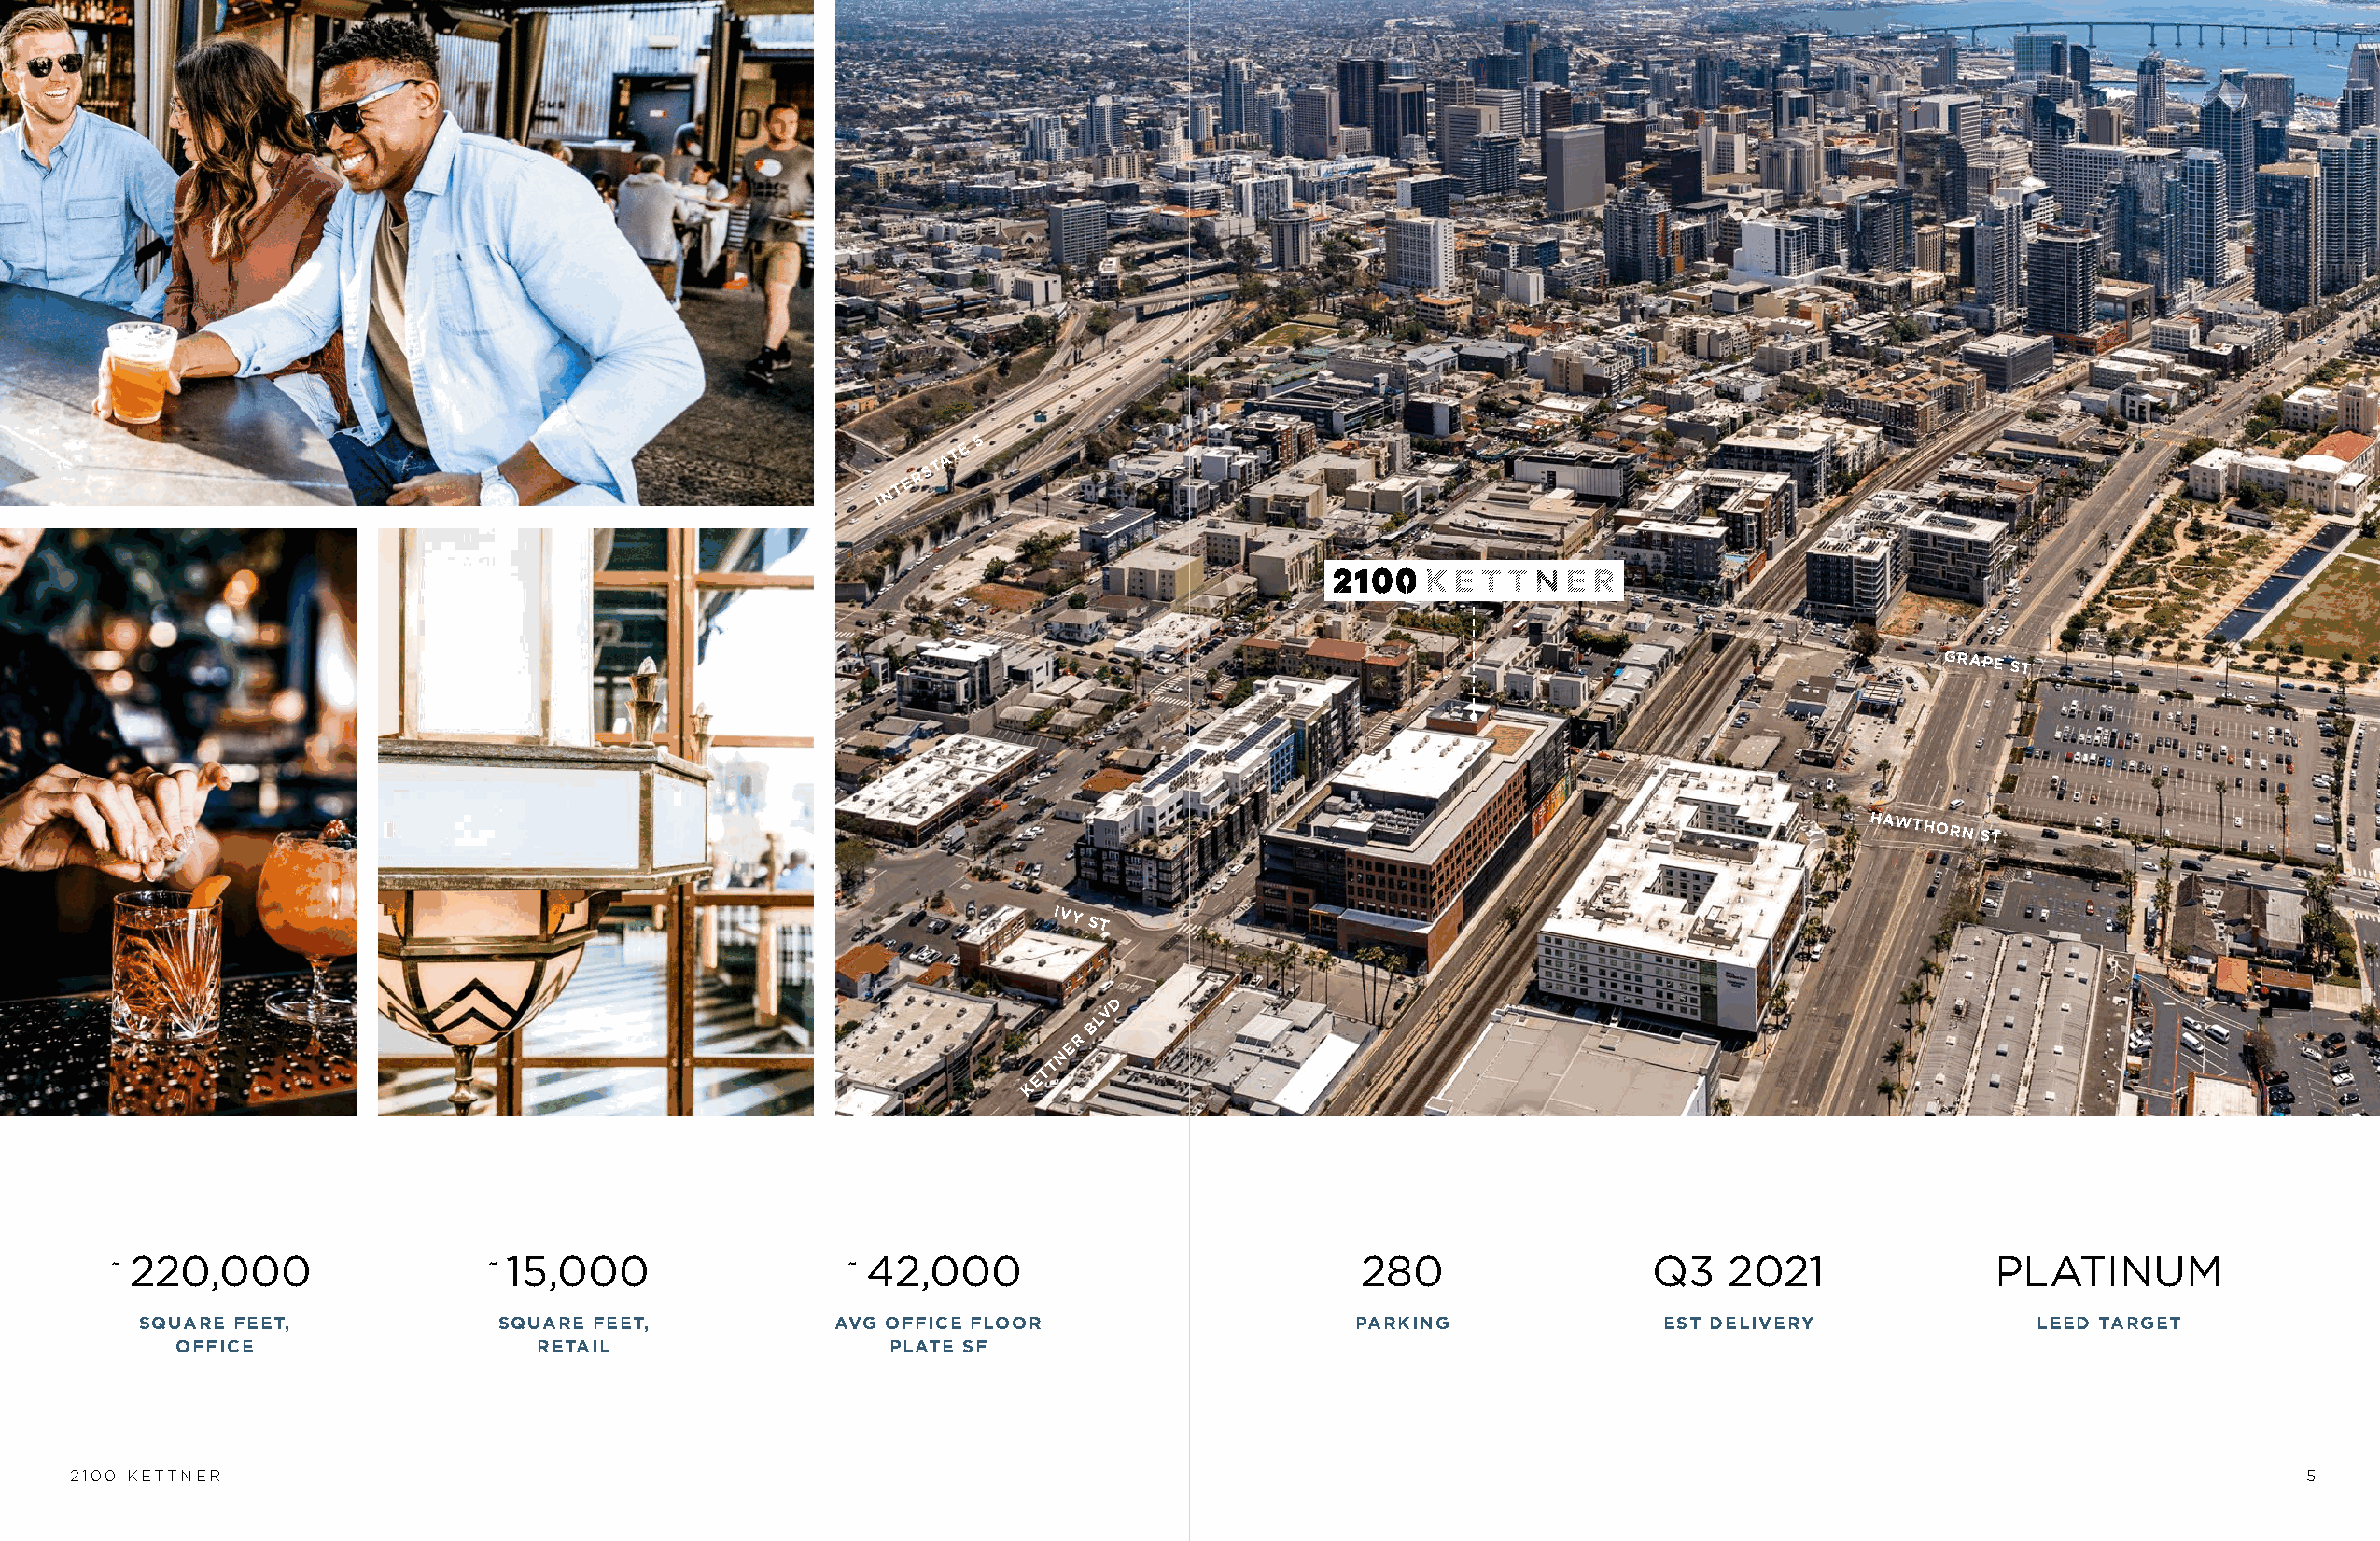
E
 5
 A T
 R S T
 E
 N T
 I
 GRAPE
 ST
 HAWTHORN
 ST
 IVY
 ST
 D
 V
 L
 B
 R
 E
 N
 T
 T
 E
 K
 ~ 220,000                  ~ 15,000                 ~ 42,000                             280                 Q3    2021              PLATINUM
 SQUARE FEET,             SQUARE FEET,            AVG OFFICE FLOOR                     PARKING               EST DELIVERY              LEED TARGET
 OFFICE                    RETAIL                   PLATE SF
 2100 KETTNER                                                                                                                                                   5